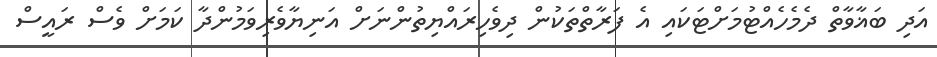
އަދި ބަޣާވާތް ދެމެހެއްޓުމަށްޓަކައި އެ ފަރާތްތަކުން ދިވެހިރައްޔިތުންނަށް އަނިޔާވެރިވަމުންދާ ކަމަށް ވެސް ރައީސް